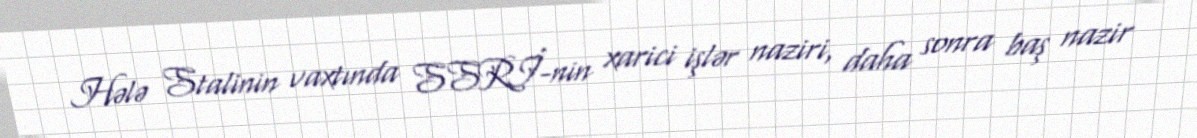
Hələ Stalinin vaxtında SSRİ-nin xarici işlər naziri, daha sonra baş nazir